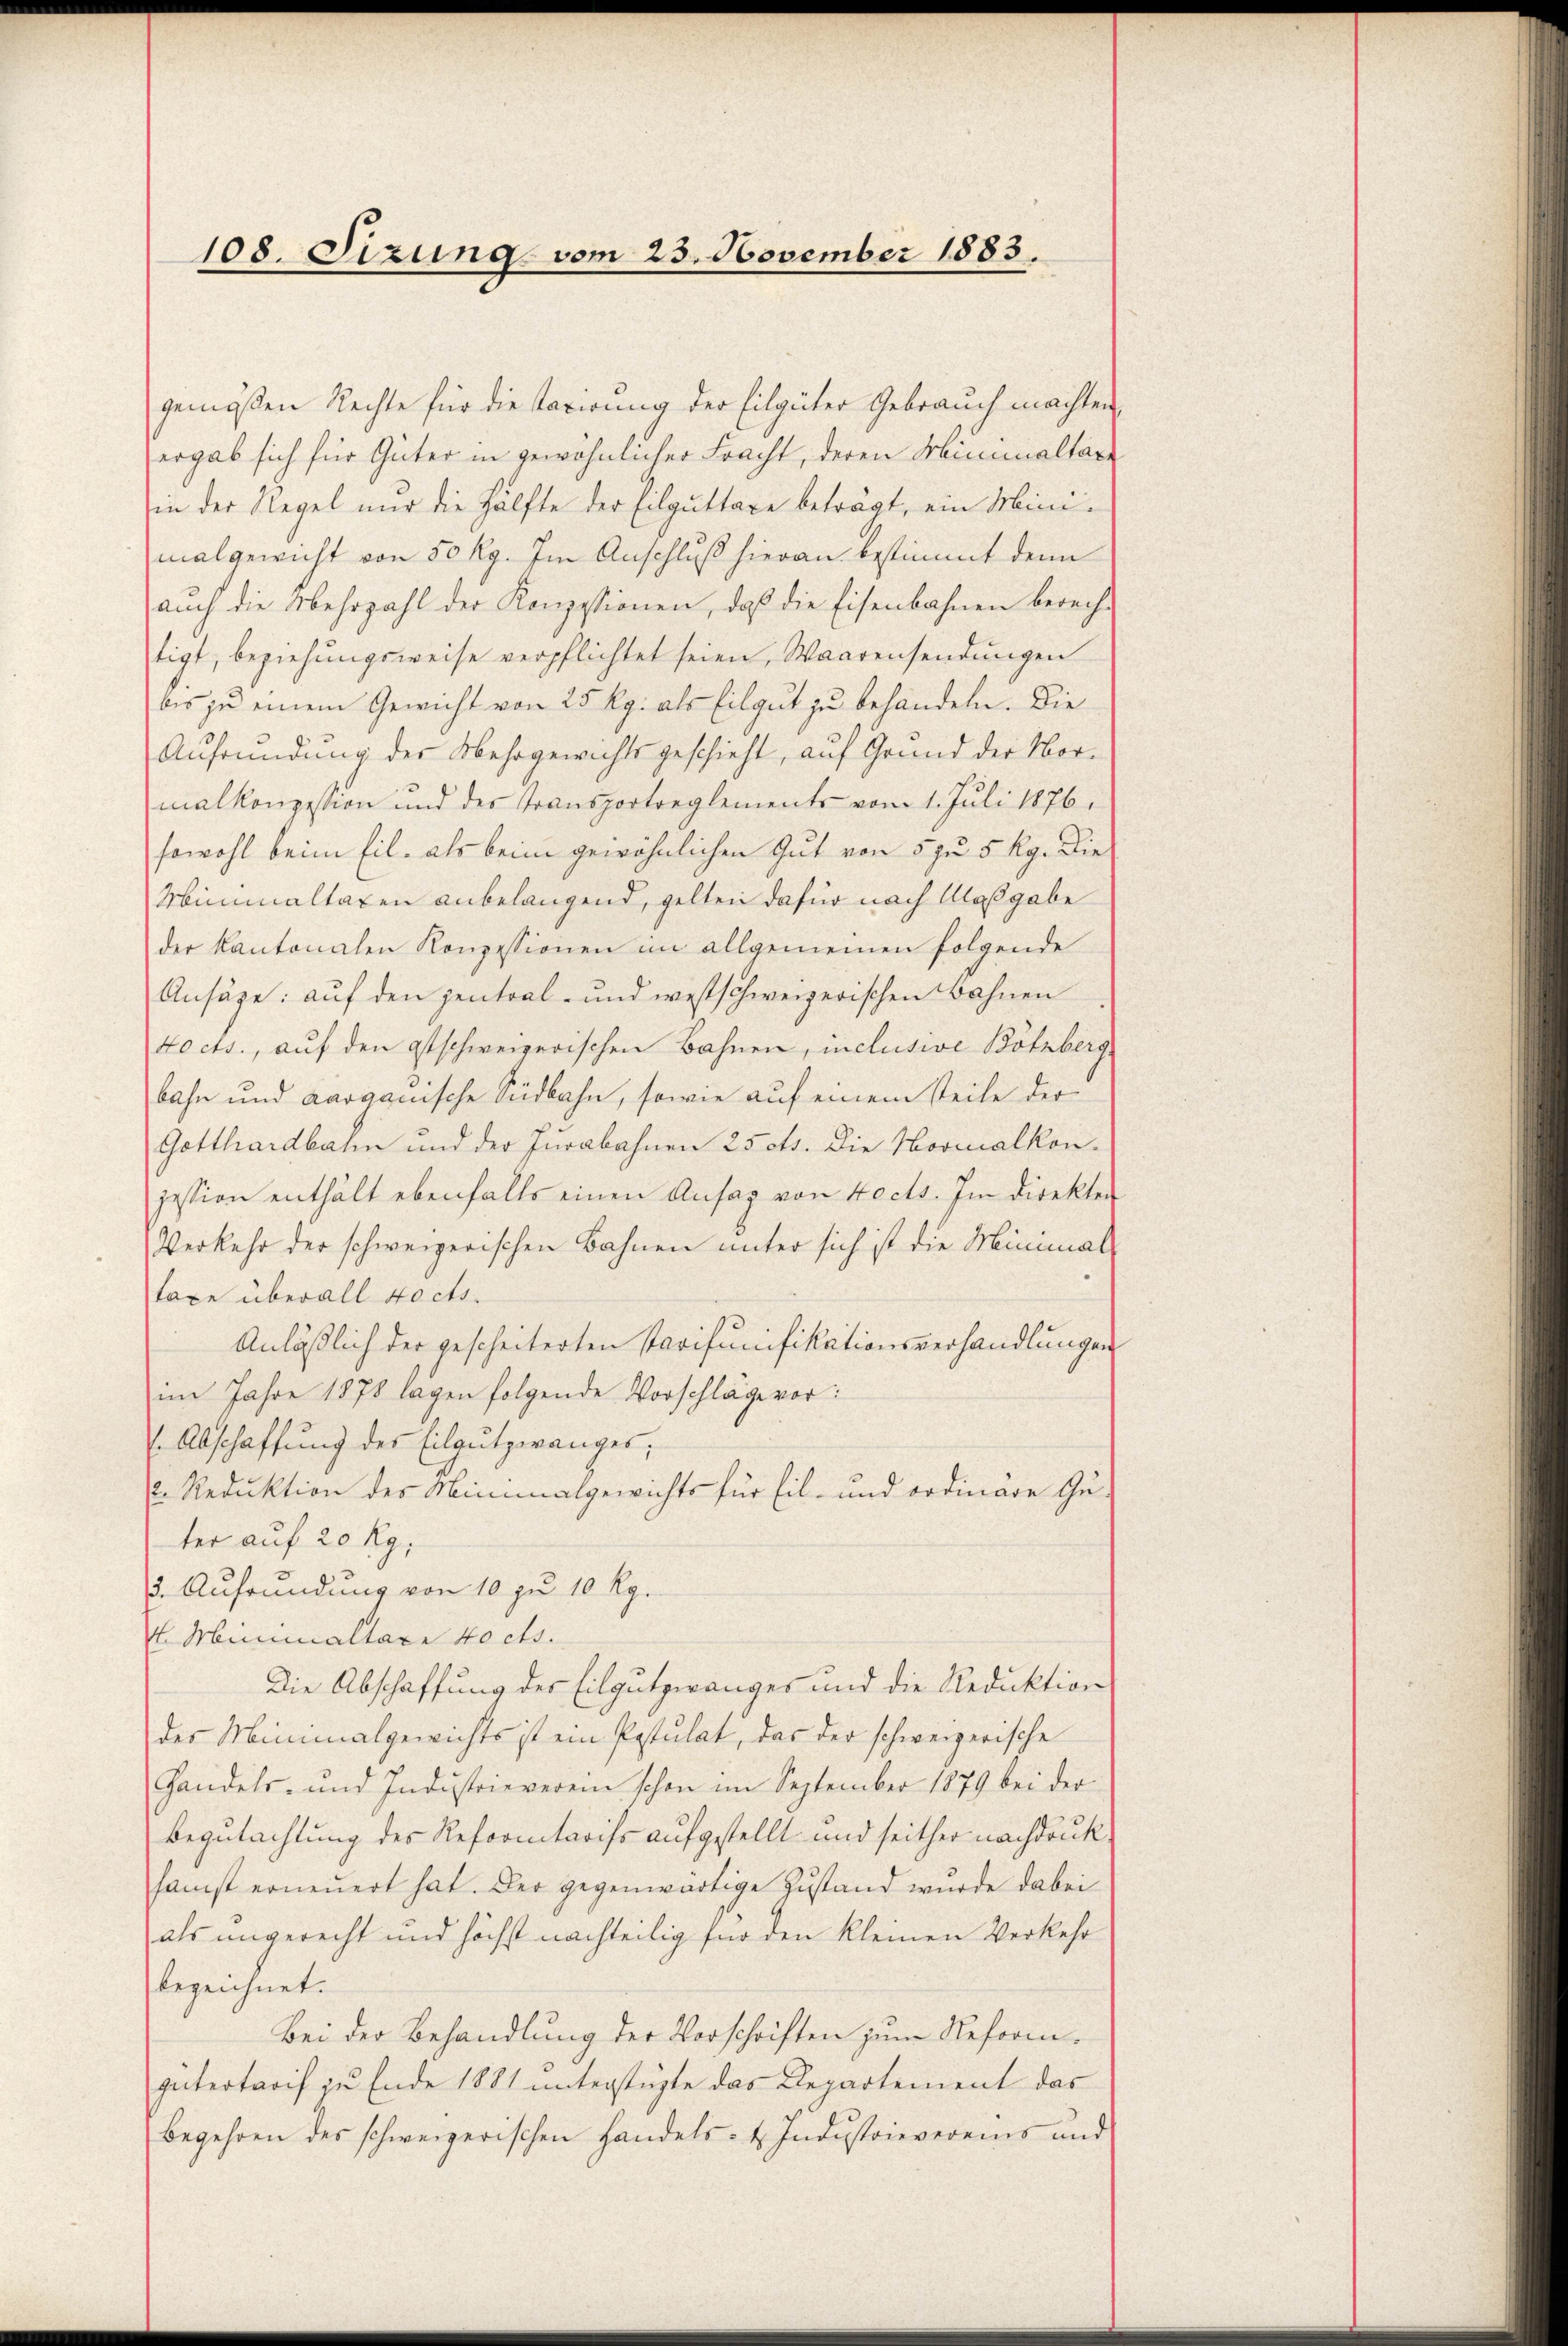
108. Sizung vom 25. November 1883.

gemäßen Rechte für die taxirung der Eilgüter Gebrauch machten
ergab sich für Güter in gewöhnlicher Fracht, deren Muminaltar
in der Regel nur die Hälfte der Eilguttaxe beträgt, ein Mini-
malgewicht von 50 Rg. Im Anschluß hieran bestimmt denn
auch die Mehrzahl der Konzessionen, daß die Eisenbahnen berech-
tigt, beziehŭngsweise verpflichtet seien, Waarensendŭngen
bis zu einem Gewicht von 25 Rp. als Eilgut zu behandeln. Die
Aufrundung der Mehrgewichtsgeschieht, auf Grund der Vormalkonzession und des Transportreglements vom 1. Juli 1876.
sowohl beim Eil, als beim gewöhnlichen Gut von 5 zu 5 kg. Die
Minimaltaxen anbelangend, gelten dafür nach Klaßgabe
der Kantonalen Konzessionen im allgemeinen folgende
Ansäze: auf den pentral- und westschweizerischen Bahnen
40 cts., auf den geschweizerischen Bahnen, inclusive Bötzberg
bahn und Aarganische Südbahn, sowie auf einem steile der
Gotthardbahn und der Jurabahnen 25 cts. Die Normalkon-
zession enthält ebenfalls einen Ansag von Hects. Im direkten
Verkehr der schweizerischen Bahnen unter sich ist die Minimal-
taxe überall nocts.
Anläßlich der gescheiterten Parifunifikationsverhandlungen
im Jahre 1878 lagen folgende Vorschläge vor:
(Abschaffung der Eilgutzwanges,
I. Reduktion des Minimalgewichts für Eil- und ordinäre Guter auf 20 kg,
3. Aufrundung von 10 zu 10 Rp.
E. Minimaltaxe 40 cts.
Die Abschaffung der Eilgutzwanges und die Reduktion
des Minimalgewichts ist ein Postulat, das der schweizerische
Handels- und Industrieverein schon im September 1879 bei der
Begutachtung des Reformitarifs aufgestellt und seither nachdrucksamst erneŭert hat. Der gegenwärtige Zustand wurde dabei
als ungerecht und höchst nachteilig für den kleinen Verkehr
bezeichnet.
Bei der Behandlung der Vorschriften zum Reform-
gütertarif zu Ende 1881 unterstüzte das Departement das
Begehren des schweizerischen Handels- u. Industrievereins und